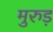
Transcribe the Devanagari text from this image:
मुरुड़